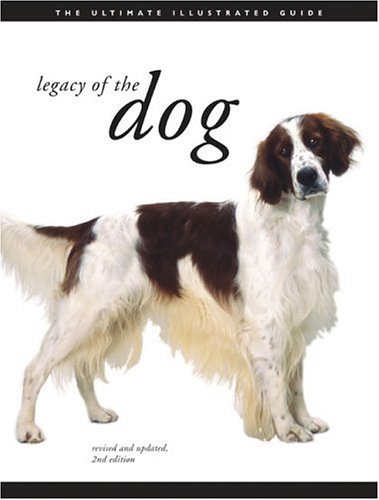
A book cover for Legacy of the Dog: The Ultimate Illustrated Guide Revised and Updated, 2nd Edition; Tetsu Yamazaki; Reference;